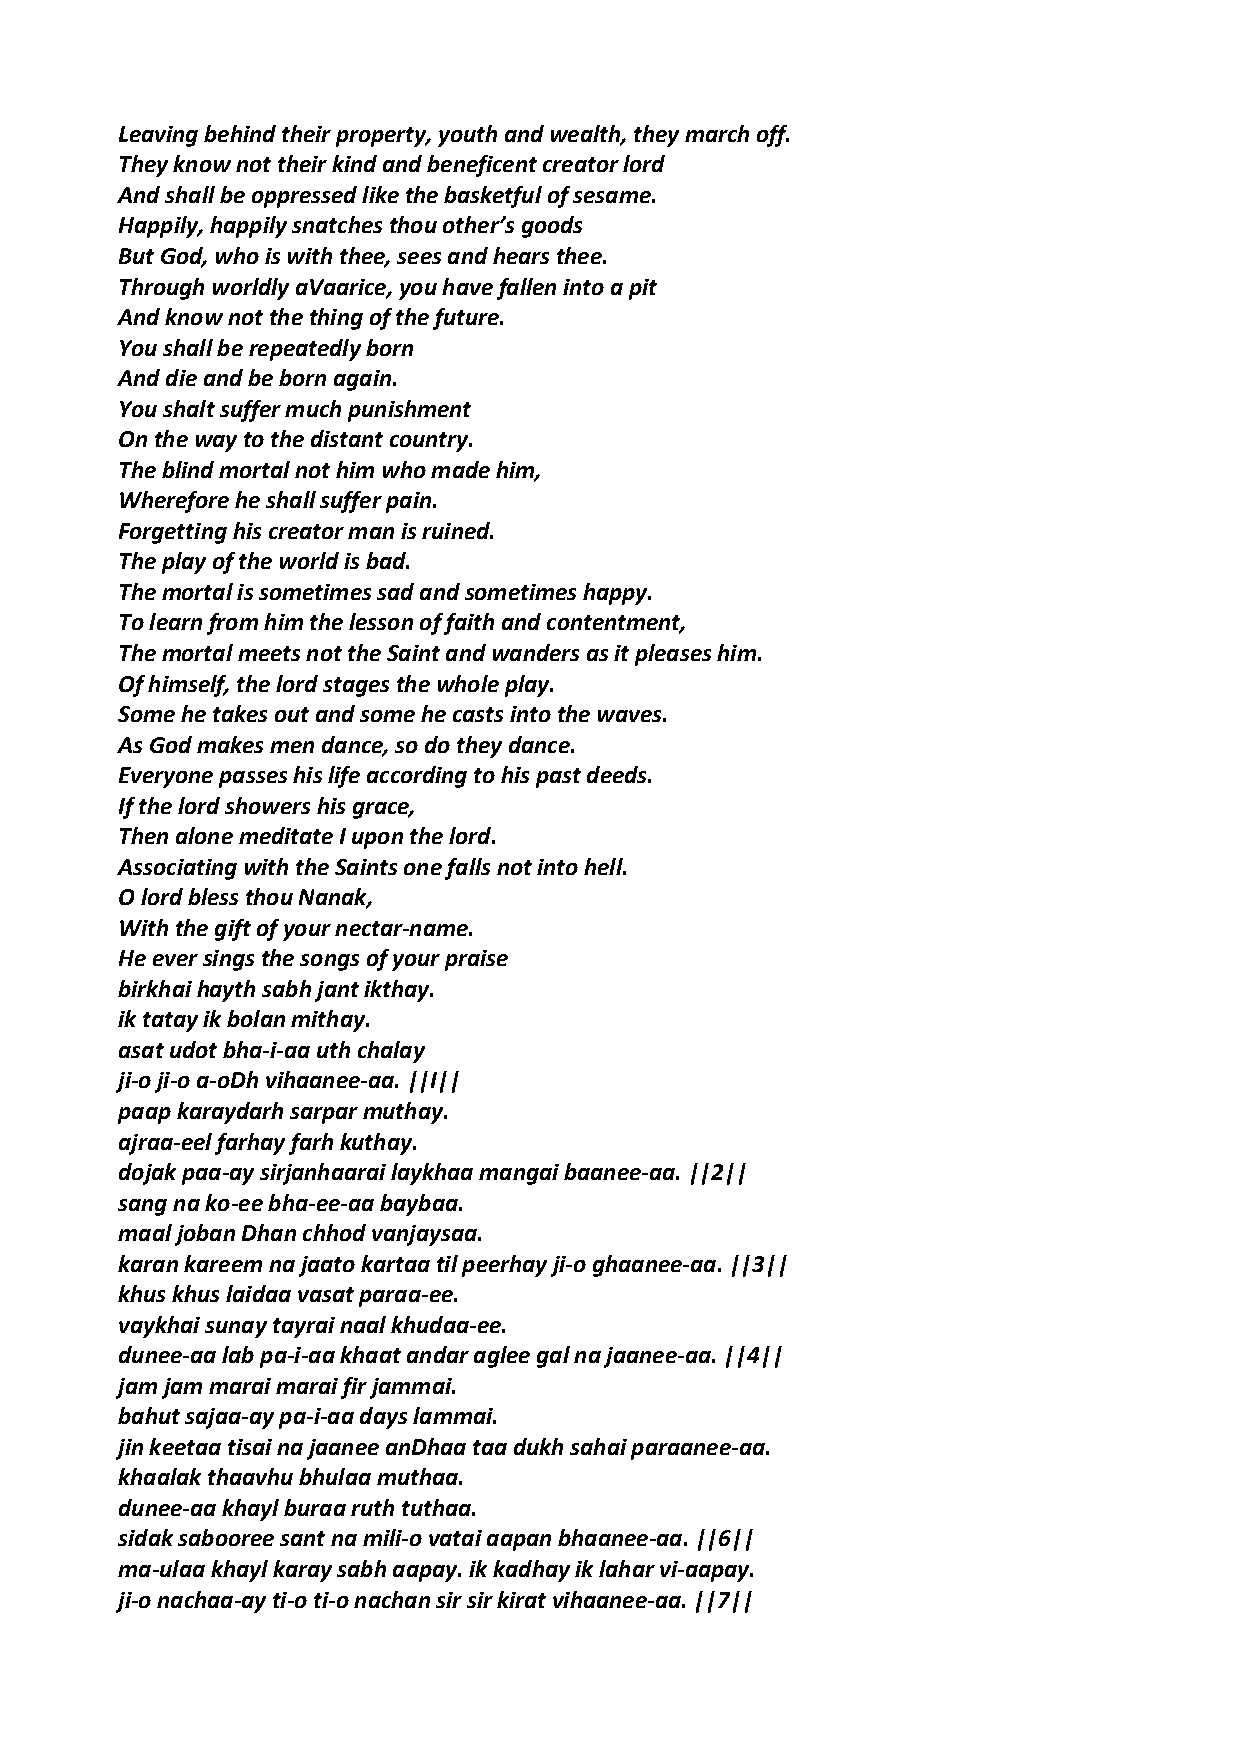
Leaving behind their property, youth and wealth, they march off.
 They know not their kind and beneficent creator lord
 And shall be oppressed like the basketful of sesame.
 Happily, happily snatches thou other’s goods
 But God, who is with thee, sees and hears thee.
 Through worldly aVaarice, you have fallen into a pit
 And know not the thing of the future.
 You shall be repeatedly born
 And die and be born again.
 You shalt suffer much punishment
 On the way to the distant country.
 The blind mortal not him who made him,
 Wherefore he shall suffer pain.
 Forgetting his creator man is ruined.
 The play of the world is bad.
 The mortal is sometimes sad and sometimes happy.
 To learn from him the lesson of faith and contentment,
 The mortal meets not the Saint and wanders as it pleases him.
 Of himself, the lord stages the whole play.
 Some he takes out and some he casts into the waves.
 As God makes men dance, so do they dance.
 Everyone passes his life according to his past deeds.
 If the lord showers his grace,
 Then alone meditate I upon the lord.
 Associating with the Saints one falls not into hell.
 O lord bless thou Nanak,
 With the gift of your nectar‐name.
 He ever sings the songs of your praise
 birkhai hayth sabh jant ikthay.
 ik tatay ik bolan mithay.
 asat udot bha‐i‐aa uth chalay
 ji‐o ji‐o a‐oDh vihaanee‐aa. ||I||
 paap karaydarh sarpar muthay.
 ajraa‐eel farhay farh kuthay.
 dojak paa‐ay sirjanhaarai laykhaa mangai baanee‐aa. ||2||
 sang na ko‐ee bha‐ee‐aa baybaa.
 maal joban Dhan chhod vanjaysaa.
 karan kareem na jaato kartaa til peerhay ji‐o ghaanee‐aa. ||3||
 khus khus laidaa vasat paraa‐ee.
 vaykhai sunay tayrai naal khudaa‐ee.
 dunee‐aa lab pa‐i‐aa khaat andar aglee gal na jaanee‐aa. ||4||
 jam jam marai marai fir jammai.
 bahut sajaa‐ay pa‐i‐aa days lammai.
 jin keetaa tisai na jaanee anDhaa taa dukh sahai paraanee‐aa.
 khaalak thaavhu bhulaa muthaa.
 dunee‐aa khayl buraa ruth tuthaa.
 sidak sabooree sant na mili‐o vatai aapan bhaanee‐aa. ||6||
 ma‐ulaa khayl karay sabh aapay. ik kadhay ik lahar vi‐aapay.
 ji‐o nachaa‐ay ti‐o ti‐o nachan sir sir kirat vihaanee‐aa. ||7||